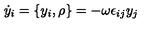
\dot { y } _ { i } = \{ y _ { i } , \rho \} = - \omega \epsilon _ { i j } y _ { j }